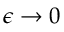
\epsilon \rightarrow 0